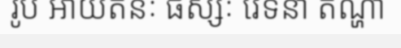
រូប អាយតនៈ ផស្សៈ វេទនា តណ្ហា